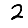
Digit: 2